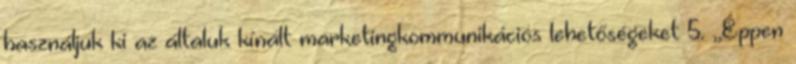
használjuk ki az általuk kínált marketingkommunikációs lehetőségeket 5. ,,Éppen